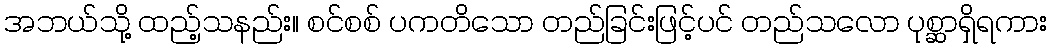
အဘယ်သို့ ထည့်သနည်း။ စင်စစ် ပကတိသော တည်ခြင်းဖြင့်ပင် တည်သလော ပုစ္ဆာရှိရကား